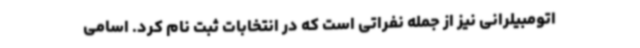
اتومبیلرانی نیز از جمله نفراتی است که در انتخابات ثبت نام کرد. اسامی